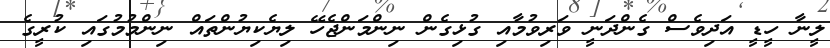
ލީނާ ހީޑީ އަދިވެސް ގެންދަނީ ވަރިވުމާއި ގުޅިގެން ނިންމަންޖެހޭ ލިޔެކިޔުންތައް ނިންމުމުގައި ކުރީގެ